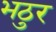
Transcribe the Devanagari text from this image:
भठुर